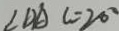
\angle D A C = 2 0 ^ { \circ }